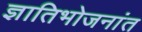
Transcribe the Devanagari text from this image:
ज्ञातिभोजनांत